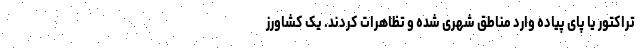
تراکتور یا پای پیاده وارد مناطق شهری شده و تظاهرات کردند. یک کشاورز